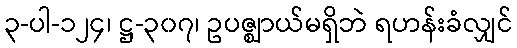
၃-ပါ-၁၂၄၊ ဋ္ဌ-၃၀၇၊ ဥပဇ္ဈာယ်မရှိဘဲ ရဟန်းခံလျှင်